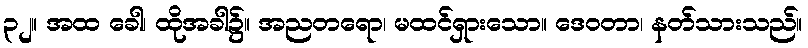
၃၂။ အထ ခေါ၊ ထိုအခါ၌။ အညတရော၊ မထင်ရှားသော။ ဒေဝတာ၊ နတ်သားသည်။